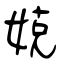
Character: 娔